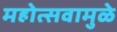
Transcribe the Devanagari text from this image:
महोत्सवामुळे